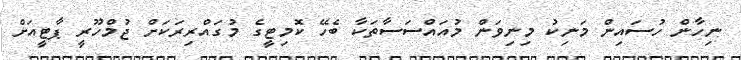
ނިހާން ހުސައިން މަނިކު މިނިވަން މުއައްސަސާތަކާާ ބެހޭ ކޮމިޓީގެ މުގައްރިރަކަށް ޖުމްހޫރީ ޕާޓީއަށް